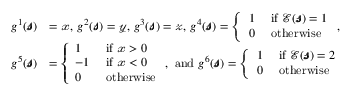
\begin{array} { r l } { g ^ { 1 } ( \pmb { \mathscr { s } } ) } & { = \mathscr { x } \mathrm { , ~ } g ^ { 2 } ( \pmb { \mathscr { s } } ) = \mathscr { y } \mathrm { , ~ } g ^ { 3 } ( \pmb { \mathscr { s } } ) = \mathscr { z } \mathrm { , ~ } g ^ { 4 } ( \pmb { \mathscr { s } } ) = \left\{ \begin{array} { l l } { 1 } & { \mathrm { ~ i f ~ } \mathcal { E } ( \pmb { \mathscr { s } } ) = 1 } \\ { 0 } & { \mathrm { ~ o t h e r w i s e ~ } } \end{array} \right. \mathrm { , ~ } } \\ { g ^ { 5 } ( \pmb { \mathscr { s } } ) } & { = \left\{ \begin{array} { l l } { 1 } & { \mathrm { ~ i f ~ } \mathscr { x } > 0 } \\ { - 1 } & { \mathrm { ~ i f ~ } \mathscr { x } < 0 } \\ { 0 } & { \mathrm { ~ o t h e r w i s e } } \end{array} \right. \mathrm { , ~ a n d ~ } g ^ { 6 } ( \pmb { \mathscr { s } } ) = \left\{ \begin{array} { l l } { 1 } & { \mathrm { ~ i f ~ } \mathcal { E } ( \pmb { \mathscr { s } } ) = 2 } \\ { 0 } & { \mathrm { ~ o t h e r w i s e ~ } } \end{array} \right. } \end{array}